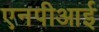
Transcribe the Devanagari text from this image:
एनपीआई